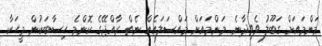
މަންމައަށް ގަބޫލު ވެވިދާނެ. މަންމައަށް މައްސަލައެއް ނެތް ރާއްޖޭގެ ކޮންމެ ހިސާބަކުން މީހަކާ